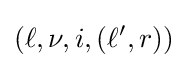
(\ell ,\nu ,i,(\ell ',r))